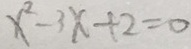
x ^ { 2 } - 3 x + 2 = 0